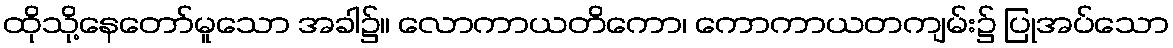
ထိုသို့နေတော်မူသော အခါ၌။ လောကာယတိကော၊ ကောကာယတကျမ်း၌ ပြုအပ်သော